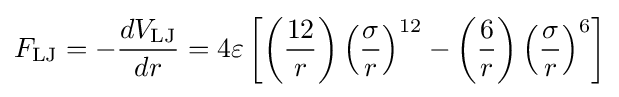
F_{\text{LJ}}=-{\frac {dV_{\text{LJ}}}{dr}}=4\varepsilon \left[\left({\frac {12}{r}}\right)\left({\frac {\sigma }{r}}\right)^{12}-\left({\frac {6}{r}}\right)\left({\frac {\sigma }{r}}\right)^{6}\right]